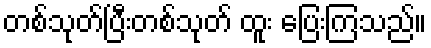
တစ်သုတ်ပြီးတစ်သုတ် ထူး ပြေးကြသည်။